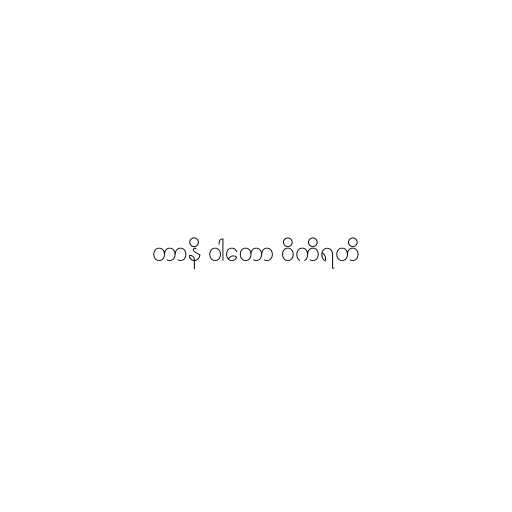
တာနိ ဝါတော ဝိကိရတိ